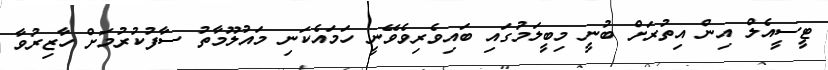
ޓީސީއެލް އިން އިތުރަށް ބުނީ މިބީލަމުގައި ބައިވެރިވެވޭނީ ހަމައެކަނި މައުލޫމާތު ސާފުކުރުމަށް ހާޒިރުވާ